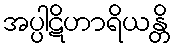
အပ္ပါဋိဟာရိယန္တိ